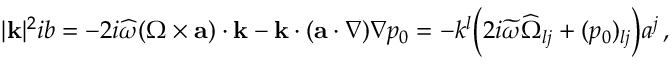
\begin{array} { r } { | { \mathbf { k } } | ^ { 2 } i b = - 2 i \widehat { \omega } ( \boldsymbol { \Omega } \times { \mathbf { a } } ) \cdot { \mathbf { k } } - { \mathbf { k } } \cdot ( { \mathbf { a } } \cdot \nabla ) \nabla p _ { 0 } = - k ^ { l } \Big ( 2 i \widetilde { \omega } \widehat { \Omega } _ { l j } + ( p _ { 0 } ) _ { l j } \Big ) a ^ { j } \, , } \end{array}